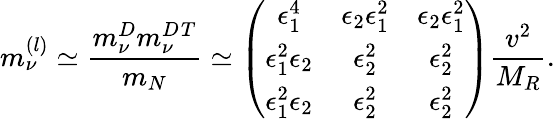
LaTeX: m_{\nu}^{(l)}\simeq{\frac{m_{\nu}^{D}m_{\nu}^{D}{}^{T}}{m_{N}}}\simeq\left(\begin{array}{ccc}{{\epsilon_{1}^{4}}}&{{\epsilon_{2}\epsilon_{1}^{2}}}&{{\epsilon_{2}\epsilon_{1}^{2}}}\\ {{\epsilon_{1}^{2}\epsilon_{2}}}&{{\epsilon_{2}^{2}}}&{{\epsilon_{2}^{2}}}\\ {{\epsilon_{1}^{2}\epsilon_{2}}}&{{\epsilon_{2}^{2}}}&{{\epsilon_{2}^{2}}}\end{array}\right){\frac{v^{2}}{M_{R}}}.